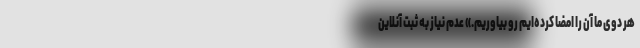
هر دوی ما آن را امضا کرده‌ایم رو بیاوریم.» عدم نیاز به ثبت آنلاین